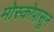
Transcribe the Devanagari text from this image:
मोस्कोपासून